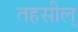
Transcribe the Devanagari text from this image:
तहसील्